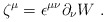
\begin{align*}\zeta^\mu=\epsilon^{\mu\nu} \partial_\nu { W}~.\end{align*}